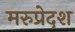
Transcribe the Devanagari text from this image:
मरुप्रेदश